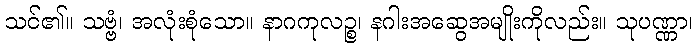
သင်၏။ သဗ္ဗံ၊ အလုံးစုံသော။ နာဂကုလဉ္စ၊ နဂါးအဆွေအမျိုးကိုလည်း။ သုပဏ္ဏာ၊